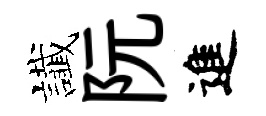
䜟阮進